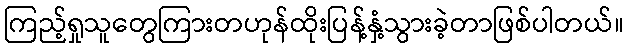
ကြည့်ရှုသူတွေကြားတဟုန်ထိုးပြန့်နှံ့သွားခဲ့တာဖြစ်ပါတယ်။